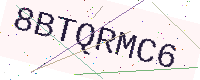
Text: 8BTQRMC6